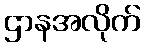
ဌာနအလိုက်